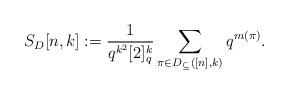
LaTeX: \begin{align*}S_D[n,k]:=\frac{1}{q^{k^2}[2]_q^{k}}\sum_{\pi \in D_{\subseteq}([n],k)}q^{m(\pi)}.\end{align*}